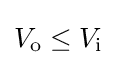
V_{\text{o}}\leq V_{\text{i}}